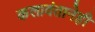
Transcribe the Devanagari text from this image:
कलावंतानेही